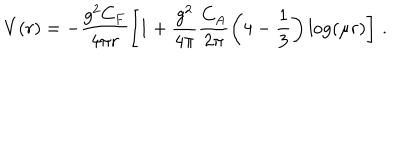
LaTeX: V ( r ) = - \frac { g ^ { 2 } C _ { F } } { 4 \pi r } \left[ 1 + \frac { g ^ { 2 } } { 4 \pi } \frac { C _ { A } } { 2 \pi } \left( 4 - \frac 1 3 \right) \log ( \mu r ) \right] \, .